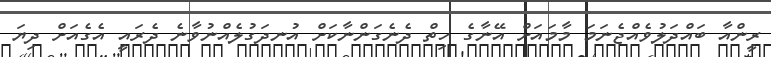
ރީންއާ ބައްދަލުވެއްޖެނަމަ މާމައަށް އޭނާގެ ހިތް ދެނެގަންނާކަށް އުނދަގުލެއްނުވާނެ ދެރައީ އެގެއަށް ދިޔަ